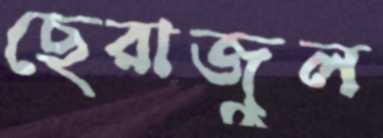
ছেরাজুল